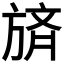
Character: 𪯼